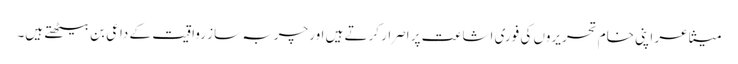
متشاعر اپنی خام تحریروں کی فوری اشاعت پر اصرار کرتے ہیں اور چربہ ساز رواقیت کے داعی بن بیٹھتے ہیں۔